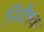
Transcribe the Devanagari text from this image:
निर्देषक